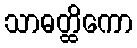
သာဓတ္ထိကော